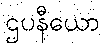
ဌပနီယော